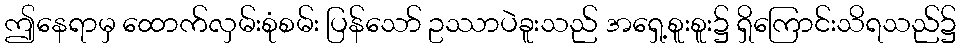
ဤနေရာမှ ထောက်လှမ်းစုံစမ်း ပြန်သော် ဥဿာပဲခူးသည် အရှေ့စူးစူး၌ ရှိကြောင်းသိရသည်၌